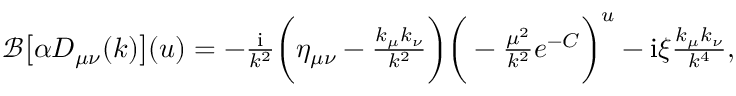
\begin{array} { r } { \mathcal { B } \big [ \alpha D _ { \mu \nu } ( k ) \big ] ( u ) = - \frac { \mathrm { i } } { k ^ { 2 } } \bigg ( \eta _ { \mu \nu } - \frac { k _ { \mu } k _ { \nu } } { k ^ { 2 } } \bigg ) \bigg ( - \frac { \mu ^ { 2 } } { k ^ { 2 } } e ^ { - C } \bigg ) ^ { u } - \mathrm { i } \xi \frac { k _ { \mu } k _ { \nu } } { k ^ { 4 } } , } \end{array}